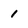
Character: 1